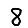
Digit: 8